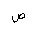
Letter: _sad